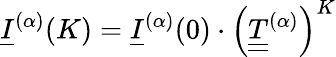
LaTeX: \underline{{I}}^{(\alpha)}(K)=\underline{{I}}^{(\alpha)}(0)\cdot\Big(\underline{{\underline{{T}}}}^{(\alpha)}\Big)^{K}